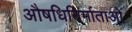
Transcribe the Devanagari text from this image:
औषधिनिर्माताओं